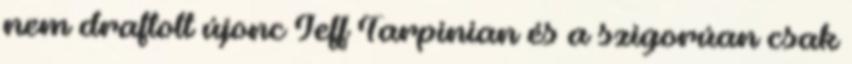
nem draftolt újonc Jeff Tarpinian és a szigorúan csak